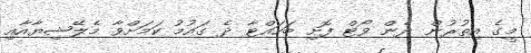
މީގެ އިތުރުން ދެން ވޯޓް ފޮށި ބަހައްޓާ ދެ ގައުމު ކަމަށްވާ މެލޭޝިޔާއާއި